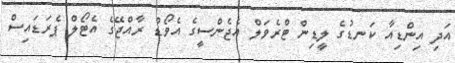
އަދި އިންޑިއާ ކަނޑުގެ ލީޑިން ޓްރެވަލް އެޖެންސީގެ އެވޯޑް ރާއްޖޭގެ އެޓޯލް ޕެރަޑައިސް